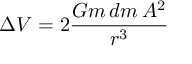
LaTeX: \Delta V = 2 { \frac { G m \, d m \, A ^ { 2 } } { r ^ { 3 } } }